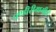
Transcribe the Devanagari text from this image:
पण्डीरीमामीदी